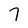
Character: 7